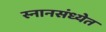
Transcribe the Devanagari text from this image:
स्नानसंध्येत